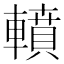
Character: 轒